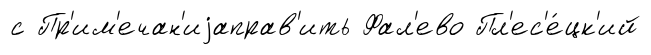
с Пр'им'ечан'иjаправ'ить Фал'ево Пл'ес'е́цк'ий